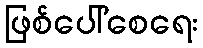
ဖြစ်ပေါ်စေရေး